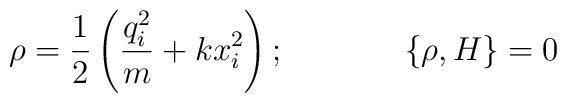
\rho = \frac{1}{2}\left( \frac{q^2_i}{m} + kx^2_i\right); \hskip 1.5cm \{\rho , H \} = 0